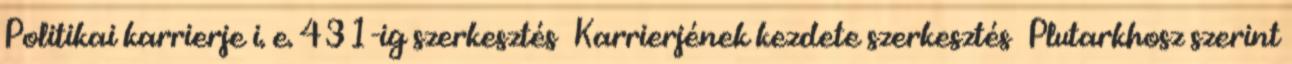
Politikai karrierje i. e. 431-ig szerkesztés Karrierjének kezdete szerkesztés Plutarkhosz szerint